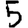
Digit: 5